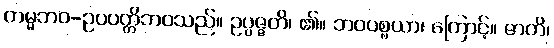
ကမ္မဘဝ-ဥပပတ္တိဘဝသည်။ ဥပ္ပဇ္ဇတိ၊ ၏။ ဘဝပစ္စယာ၊ ကြောင့်။ ဇာတိ၊